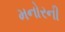
મનોરની